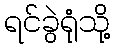
ရင်ခွဲရုံသို့